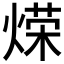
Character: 𫞡